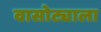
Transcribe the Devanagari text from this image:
वासोट्याला